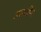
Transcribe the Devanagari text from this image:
अत्पलीय